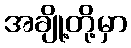
အချို့တို့မှာ